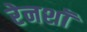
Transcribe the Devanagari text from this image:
रेनशॉ